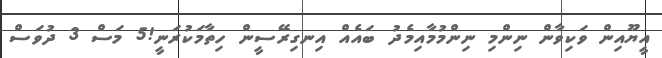
އީޔޫއިން ވަކިވާން ނިންމި ނިންމުމާއިމެދު ބައެއް އިނގިރޭސީން ހިތާމަކުރަނީ!5 މަސް 3 ދުވަސް